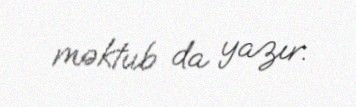
məktub da yazır.